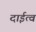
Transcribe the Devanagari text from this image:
दाईत्व